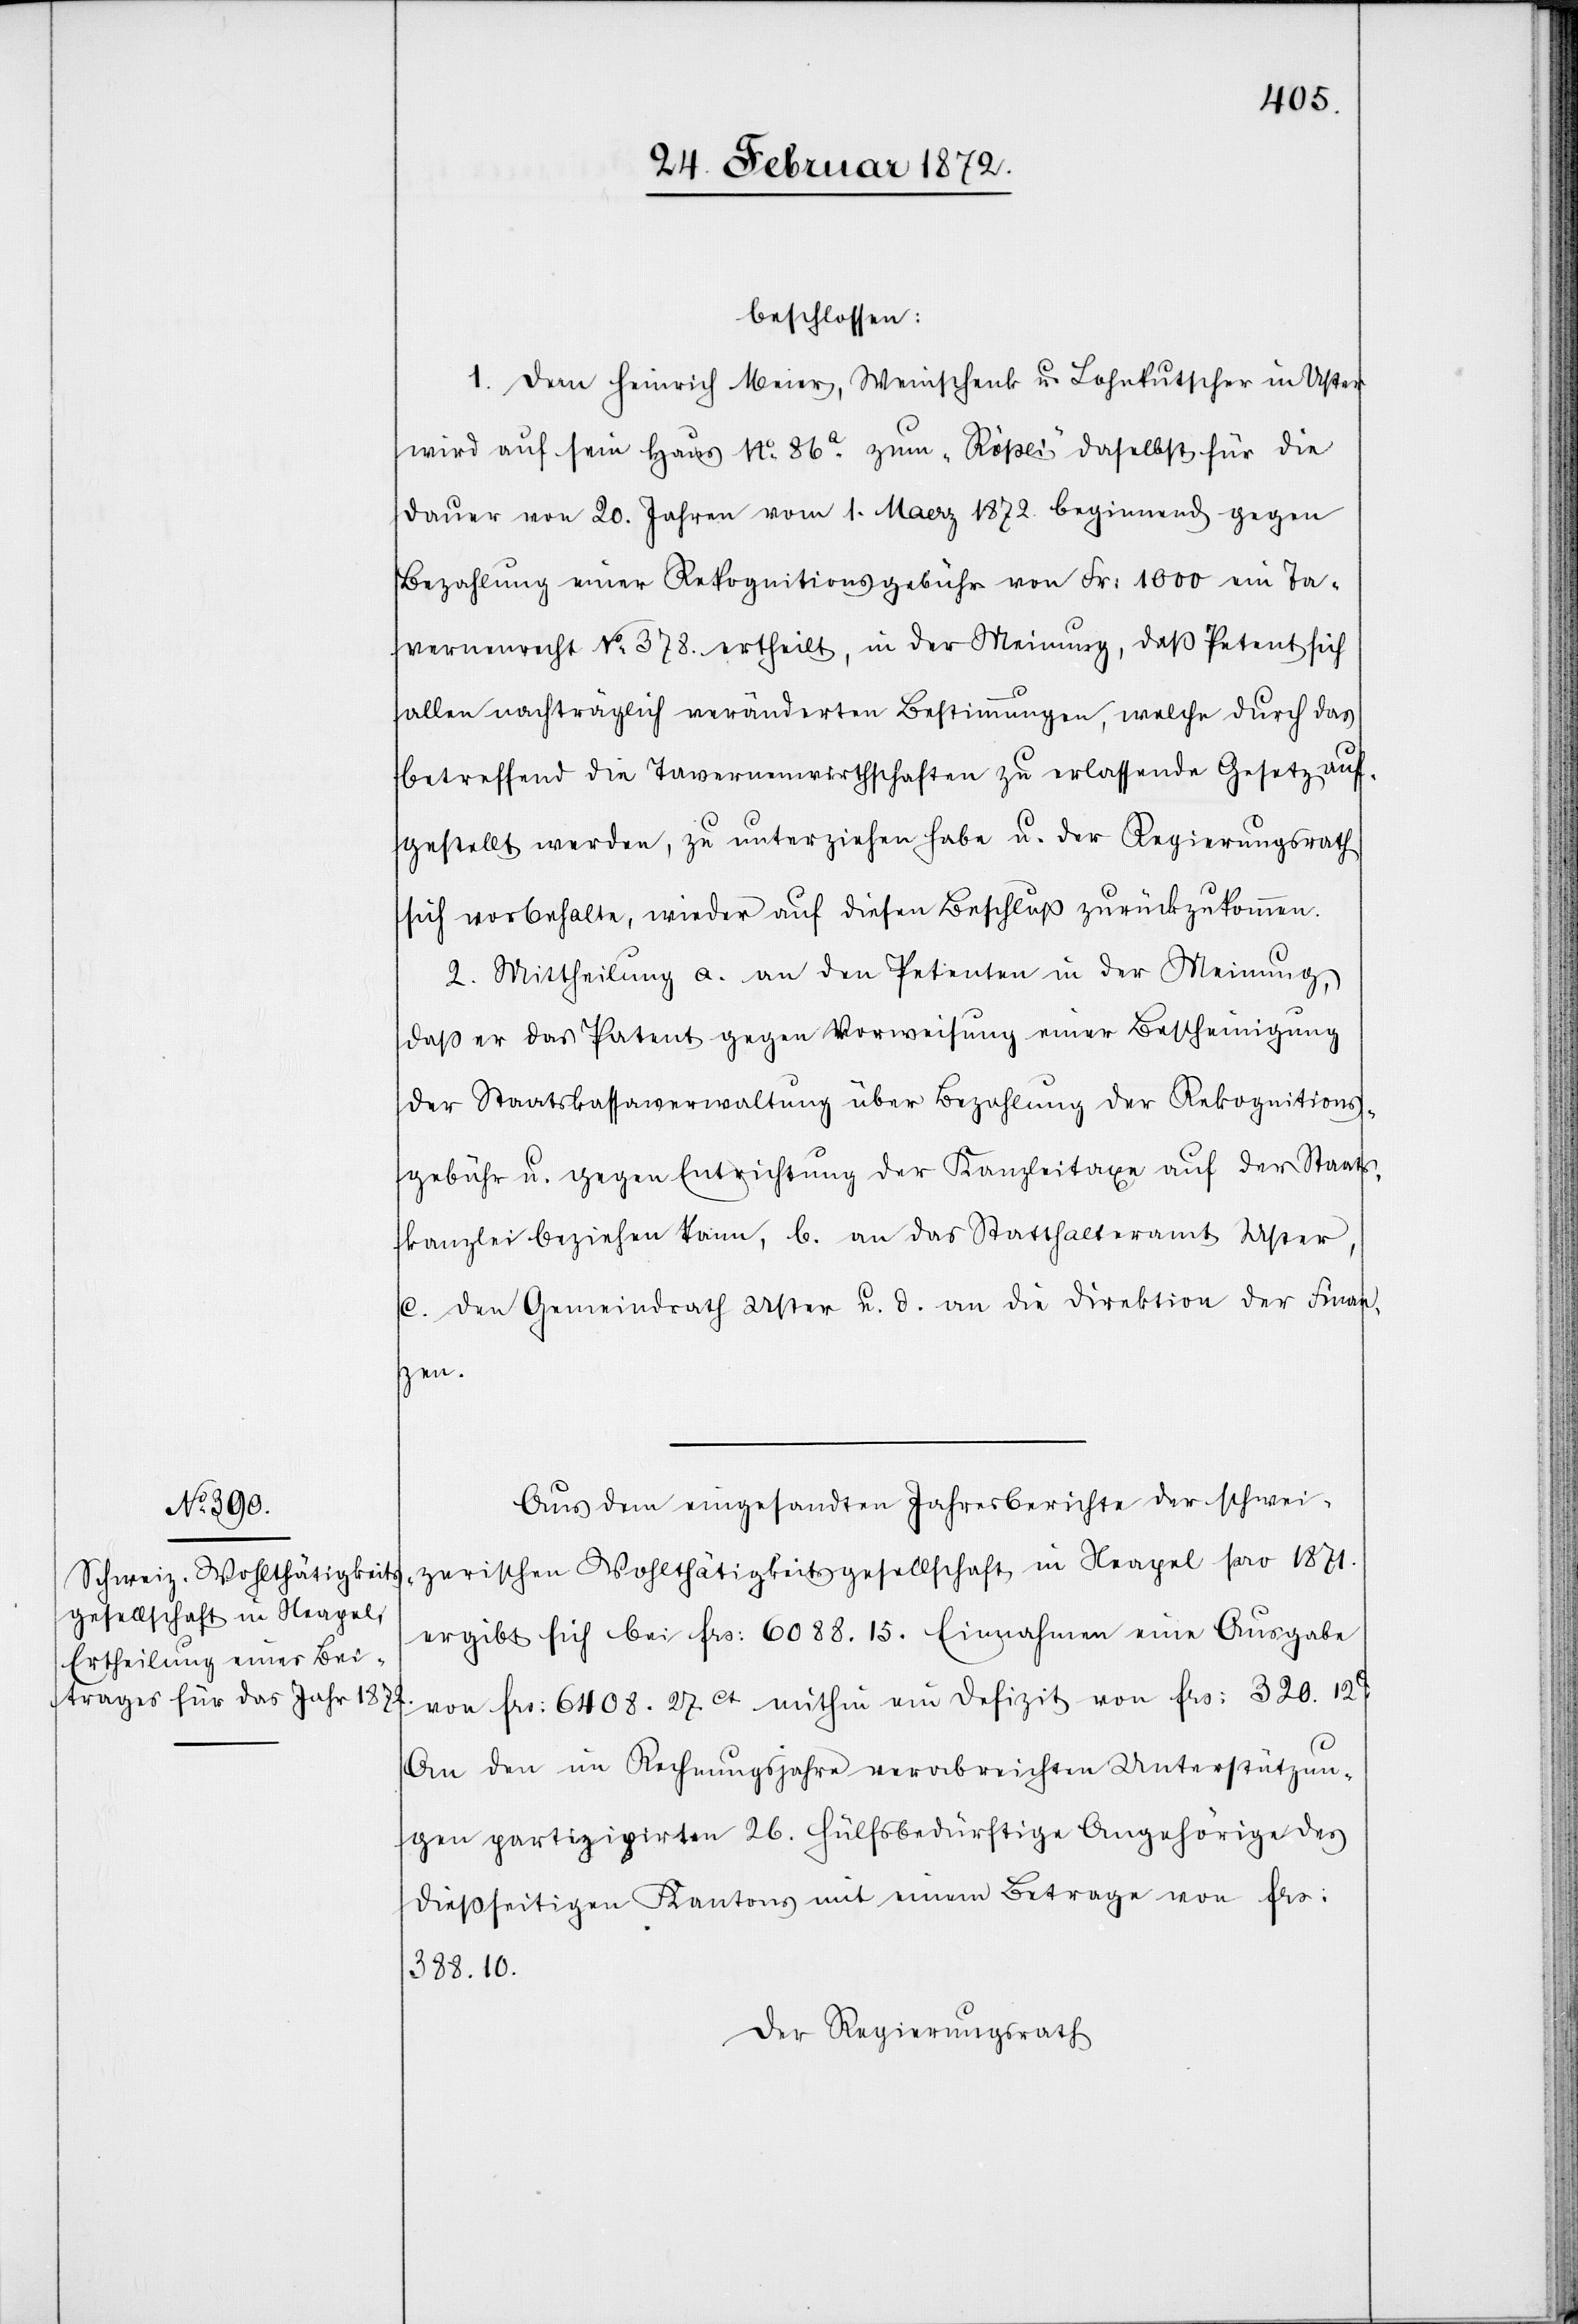
beschlossen:
1. Dem Heinrich Meier, Weinschenk u. Lohnkutscher in Uster
wird auf sein Haus No 86a zum „Rößli“ daselbst für die
Dauer von 20. Jahren vom 1. Ma[?]z 1872. beginnend gegen
Bezahlung einer Rekognitionsgebühr von Fr. 1000 ein Ta¬
vernenrecht No 378. ertheilt, in der Meinung, daß Petent sich
allen nachträglich veränderten Bestimmungen, welche durch das
betreffend die Tavernenwirthschaften zu erlassende Gesetz auf¬
gestellt werden, zu unterziehen habe u. der Regierungsrath
sich vorbehalte, wieder auf diesen Beschluß zurückzukommen.
2. Mittheilung a. an den Petenten in der Meinung,
daß er das Patent gegen Vorweisung einer Bescheinigung
der Staatskassaverwaltung über Bezahlung der Rekognitions¬
gebühr u. gegen Entrichtung der Kanzleitaxe auf der Staats¬
kanzlei beziehen kann, b. an das Statthalteramt Uster,
c. den Gemeindrath Uster u. d. an die Direktion der Finan¬
zen.
Aus dem eingesandten Jahresberichte der schwei¬
zerischen Wohltätigkeitsgesellschaft in Neapel pro 1871.
ergibt sich bei frs. 6088.15. Einnahmen eine Ausgabe
von frs. 6408.27ct mithin ein Defizit von frs. 320.12c.
An den im Rechnungsjahre verabreichten Unterstützun¬
gen partizipirten 26. Hülfsbedürftige Angehörige des
dießseitigen Kantons mit einem Betrage von frs.
388.10.
Der Regierungsrath